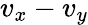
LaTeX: v_{x}-v_{y}